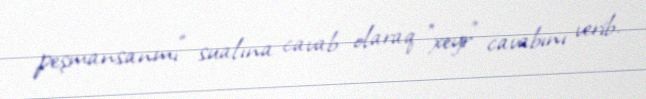
peşmansanmı" sualına cavab olaraq "xeyr" cavabını verib.